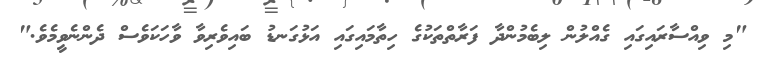
"މި ވިއްސާރައިގައި ގެއްލުން ލިބެމުންދާ ފަރާތްތަކުގެ ހިތާމައިގައި އަޅުގަނޑު ބައިވެރިވާ ވާހަކަވެސް ދެންނެވީމެވެ."